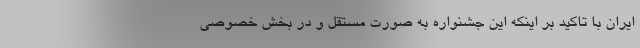
ایران با تاکید بر اینکه این جشنواره به صورت مستقل و در بخش خصوصی